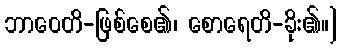
ဘာဝေတိ-ဖြစ်စေ၏၊ စောရေတိ-ခိုး၏။]